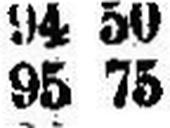
95 75